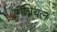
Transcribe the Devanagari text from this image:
गॅब्रियल